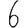
Digit: 6